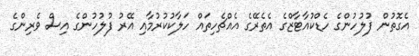
އެގޮތުން ފުލުހުންގެ ހެޑްކުއާޓާޒްގެ އެތެރޭގެ އެއްޗެހިތައް ހަލާކުކުރުމާއި އޭރު ފުލުހުންގެ އިސް ވެރިންގެ